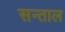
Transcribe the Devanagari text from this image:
सन्ताल